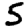
Digit: 5